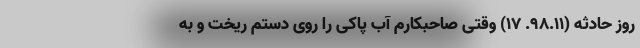
روز حادثه (۹۸.۱۱. ۱۷) وقتی صاحبکارم آب پاکی را روی دستم ریخت و به